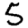
Digit: 5